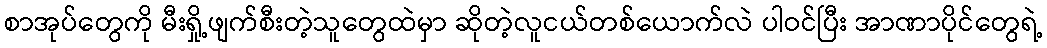
စာအုပ်တွေကို မီးရှို့ဖျက်စီးတဲ့သူတွေထဲမှာ ဆိုတဲ့လူငယ်တစ်ယောက်လဲ ပါဝင်ပြီး အာဏာပိုင်တွေရဲ့